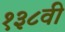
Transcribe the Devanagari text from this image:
१३८वी